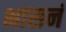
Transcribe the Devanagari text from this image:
भासनं